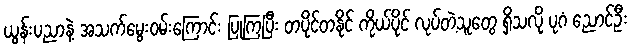
ယွန်းပညာနဲ့ အသက်မွေးဝမ်းကြောင်း ပြုကြပြီး တပိုင်တနိုင် ကိုယ်ပိုင် လုပ်တဲ့သူတွေ ရှိသလို ပုဂံ ညောင်ဦး